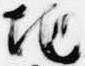
地